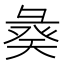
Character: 𢑣